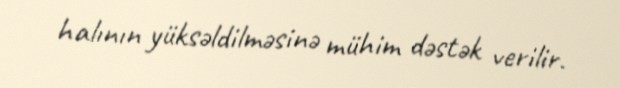
halının yüksəldilməsinə mühim dəstək verilir.